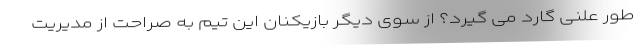
طور علنی گارد می گیرد؟ از سوی دیگر بازیکنان این تیم به صراحت از مدیریت